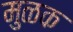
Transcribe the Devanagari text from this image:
मुळक